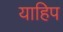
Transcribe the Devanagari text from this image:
याहिप